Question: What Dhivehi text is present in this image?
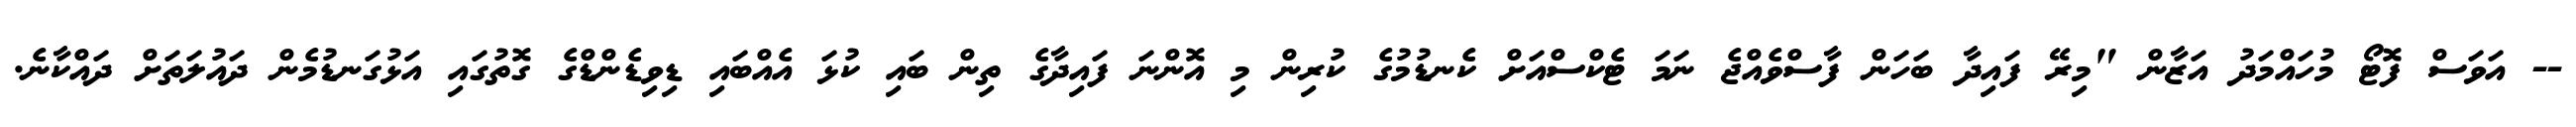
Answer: -- އަވަސް ފޮޓޯ މުހައްމަދު އަޒާން "މިރޭ ފައިދާ ބަހަން ފާސްވެއްޖެ ނަމަ ޓެކްސްއަށް ކެނޑުމުގެ ކުރިން މި އޮންނަ ފައިދާގެ ތިން ބައި ކުޅަ އެއްބައި ޑިވިޑެންޑްގެ ގޮތުގައި އަޅުގަނޑުމެން ދައުލަތަށް ދައްކާނެ.